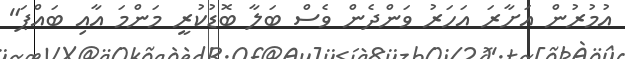
އުމުރުން އަށާރަ އަހަރު ވަންދެން ވެސް ބަލާ ބޮޑުކުރީ މަންމަ އާއި ބައްޕަ"